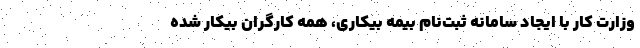
وزارت کار با ایجاد سامانه ثبت‌نام بیمه بیکاری، همه کارگران بیکار شده